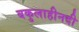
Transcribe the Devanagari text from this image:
बकुलाहीनदी